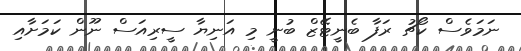
ނަމަވެސް ކޯޗު ރަފާ ބެނީޓޭޒް ބުނީ މި އަނިޔާ ސީރިއަސް ނޫން ކަމަށާއި